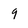
Character: 9